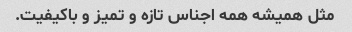
مثل همیشه همه اجناس تازه و تمیز و باکیفیت.